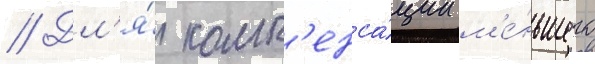
// Дл'я́ комп'енса́ции м'е́ньшего